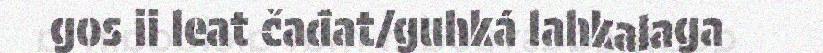
gos ii leat čađat/guhká lahkalaga